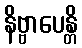
နိဗ္ဗာပေန္တိ